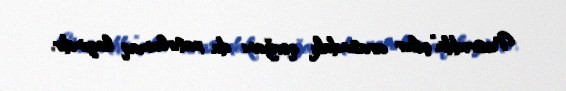
Nəsrəddin”çilər arasındakı qovğanı da xatırlamaq lazımdır.